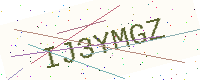
Text: IJ3YMGZ